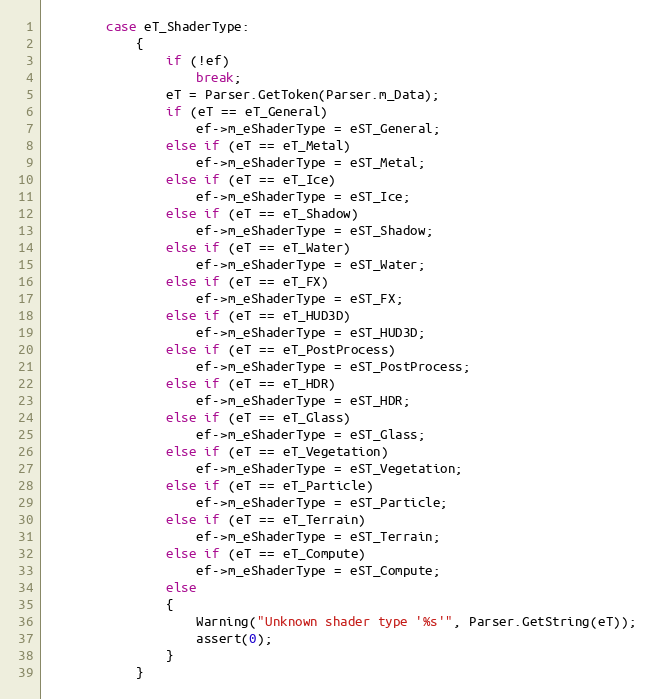
Language: C++
		case eT_ShaderType:
			{
				if (!ef)
					break;
				eT = Parser.GetToken(Parser.m_Data);
				if (eT == eT_General)
					ef->m_eShaderType = eST_General;
				else if (eT == eT_Metal)
					ef->m_eShaderType = eST_Metal;
				else if (eT == eT_Ice)
					ef->m_eShaderType = eST_Ice;
				else if (eT == eT_Shadow)
					ef->m_eShaderType = eST_Shadow;
				else if (eT == eT_Water)
					ef->m_eShaderType = eST_Water;
				else if (eT == eT_FX)
					ef->m_eShaderType = eST_FX;
				else if (eT == eT_HUD3D)
					ef->m_eShaderType = eST_HUD3D;
				else if (eT == eT_PostProcess)
					ef->m_eShaderType = eST_PostProcess;
				else if (eT == eT_HDR)
					ef->m_eShaderType = eST_HDR;
				else if (eT == eT_Glass)
					ef->m_eShaderType = eST_Glass;
				else if (eT == eT_Vegetation)
					ef->m_eShaderType = eST_Vegetation;
				else if (eT == eT_Particle)
					ef->m_eShaderType = eST_Particle;
				else if (eT == eT_Terrain)
					ef->m_eShaderType = eST_Terrain;
				else if (eT == eT_Compute)
					ef->m_eShaderType = eST_Compute;
				else
				{
					Warning("Unknown shader type '%s'", Parser.GetString(eT));
					assert(0);
				}
			}